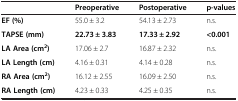
<table><thead><tr><td><b> </b></td><td><b>Preoperative</b></td><td><b>Postoperative</b></td><td><b>p-values</b></td></tr></thead><tbody><tr><td><b>EF (%)</b></td><td>55.0 ± 3.2</td><td>54.13 ± 2.73</td><td>n.s.</td></tr><tr><td><b>TAPSE (mm)</b></td><td><b>22.73 ± 3.83</b></td><td><b>17.33 ± 2.92</b></td><td><b>&lt;0.001</b></td></tr><tr><td><b>LA Area (cm</b><sup><b>2</b></sup><b>)</b></td><td>17.06 ± 2.7</td><td>16.87 ± 2.32</td><td>n.s.</td></tr><tr><td><b>LA Length (cm)</b></td><td>4.16 ± 0.31</td><td>4.14 ± 0.28</td><td>n.s.</td></tr><tr><td><b>RA Area (cm</b><sup><b>2</b></sup><b>)</b></td><td>16.12 ± 2.55</td><td>16.09 ± 2.50</td><td>n.s.</td></tr><tr><td><b>RA Length (cm)</b></td><td>4.23 ± 0.33</td><td>4.25 ± 0.35</td><td>n.s.</td></tr></tbody></table>